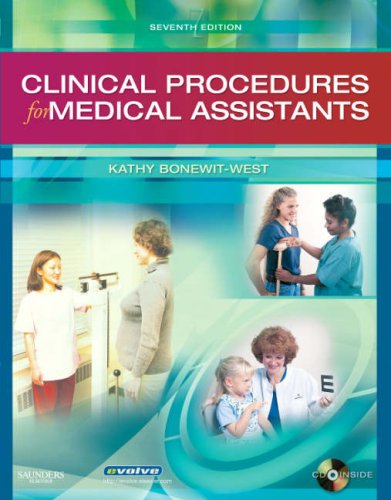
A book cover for Clinical Procedures for Medical Assistants, 7e; Kathy Bonewit-West BS  MEd; Medical Books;